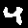
Digit: 4